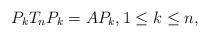
LaTeX: \begin{align*}P_kT_nP_k = AP_k, 1 \leq k \leq n,\end{align*}